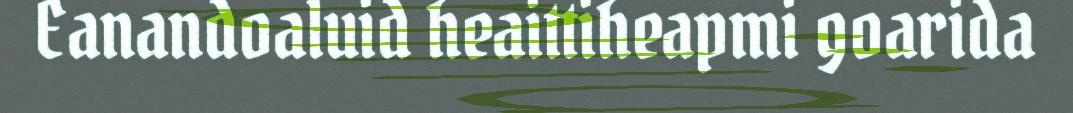
Eanandoaluid heaittiheapmi goarida